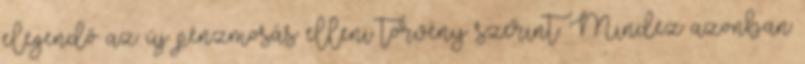
elegendő az új pénzmosás elleni törvény szerint. Mindez azonban